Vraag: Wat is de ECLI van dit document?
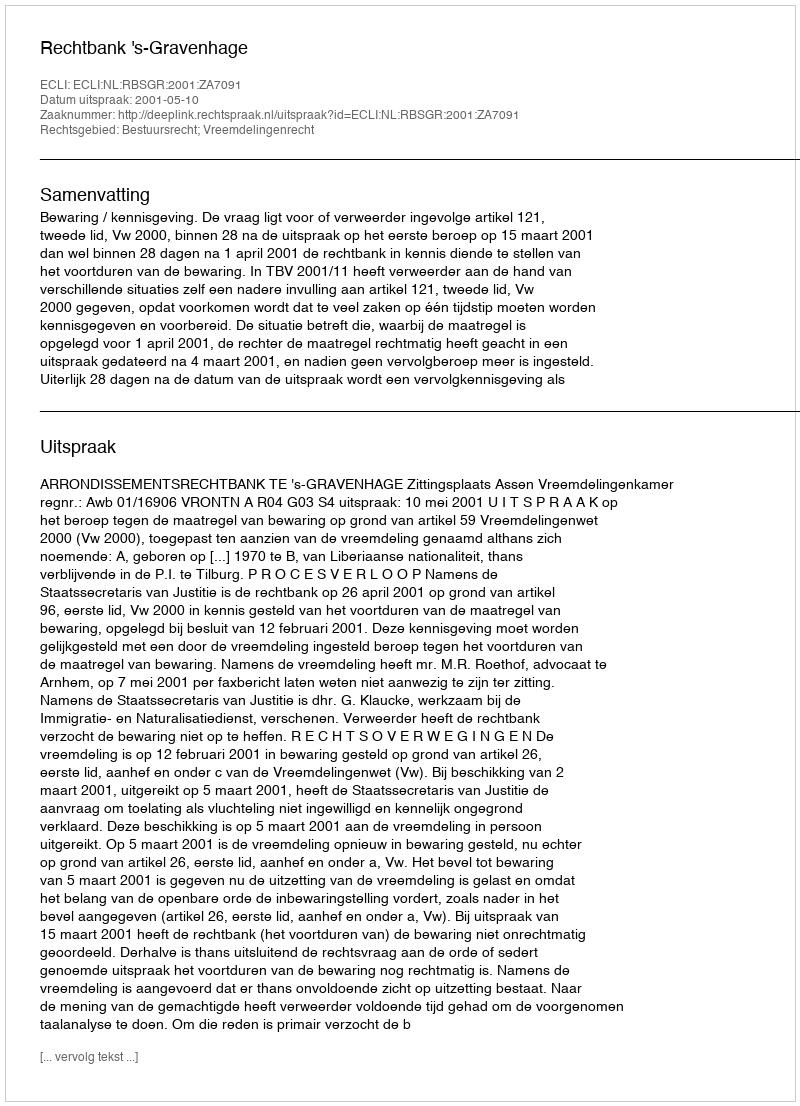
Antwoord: ECLI:NL:RBSGR:2001:ZA7091